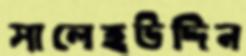
সালেহউদ্দিন